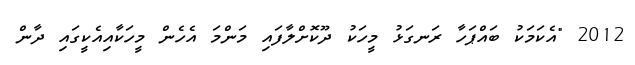
2012 "އެކަމަކު ބައްޕަހާ ރަނގަޅު މީހަކު ދޫކޮށްލާފައި މަންމަ އެހެން މީހަކާއިއެކީގައި ދާން